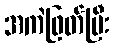
အကဲဖြတ်ပြီး